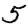
Digit: 5